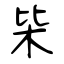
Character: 枈